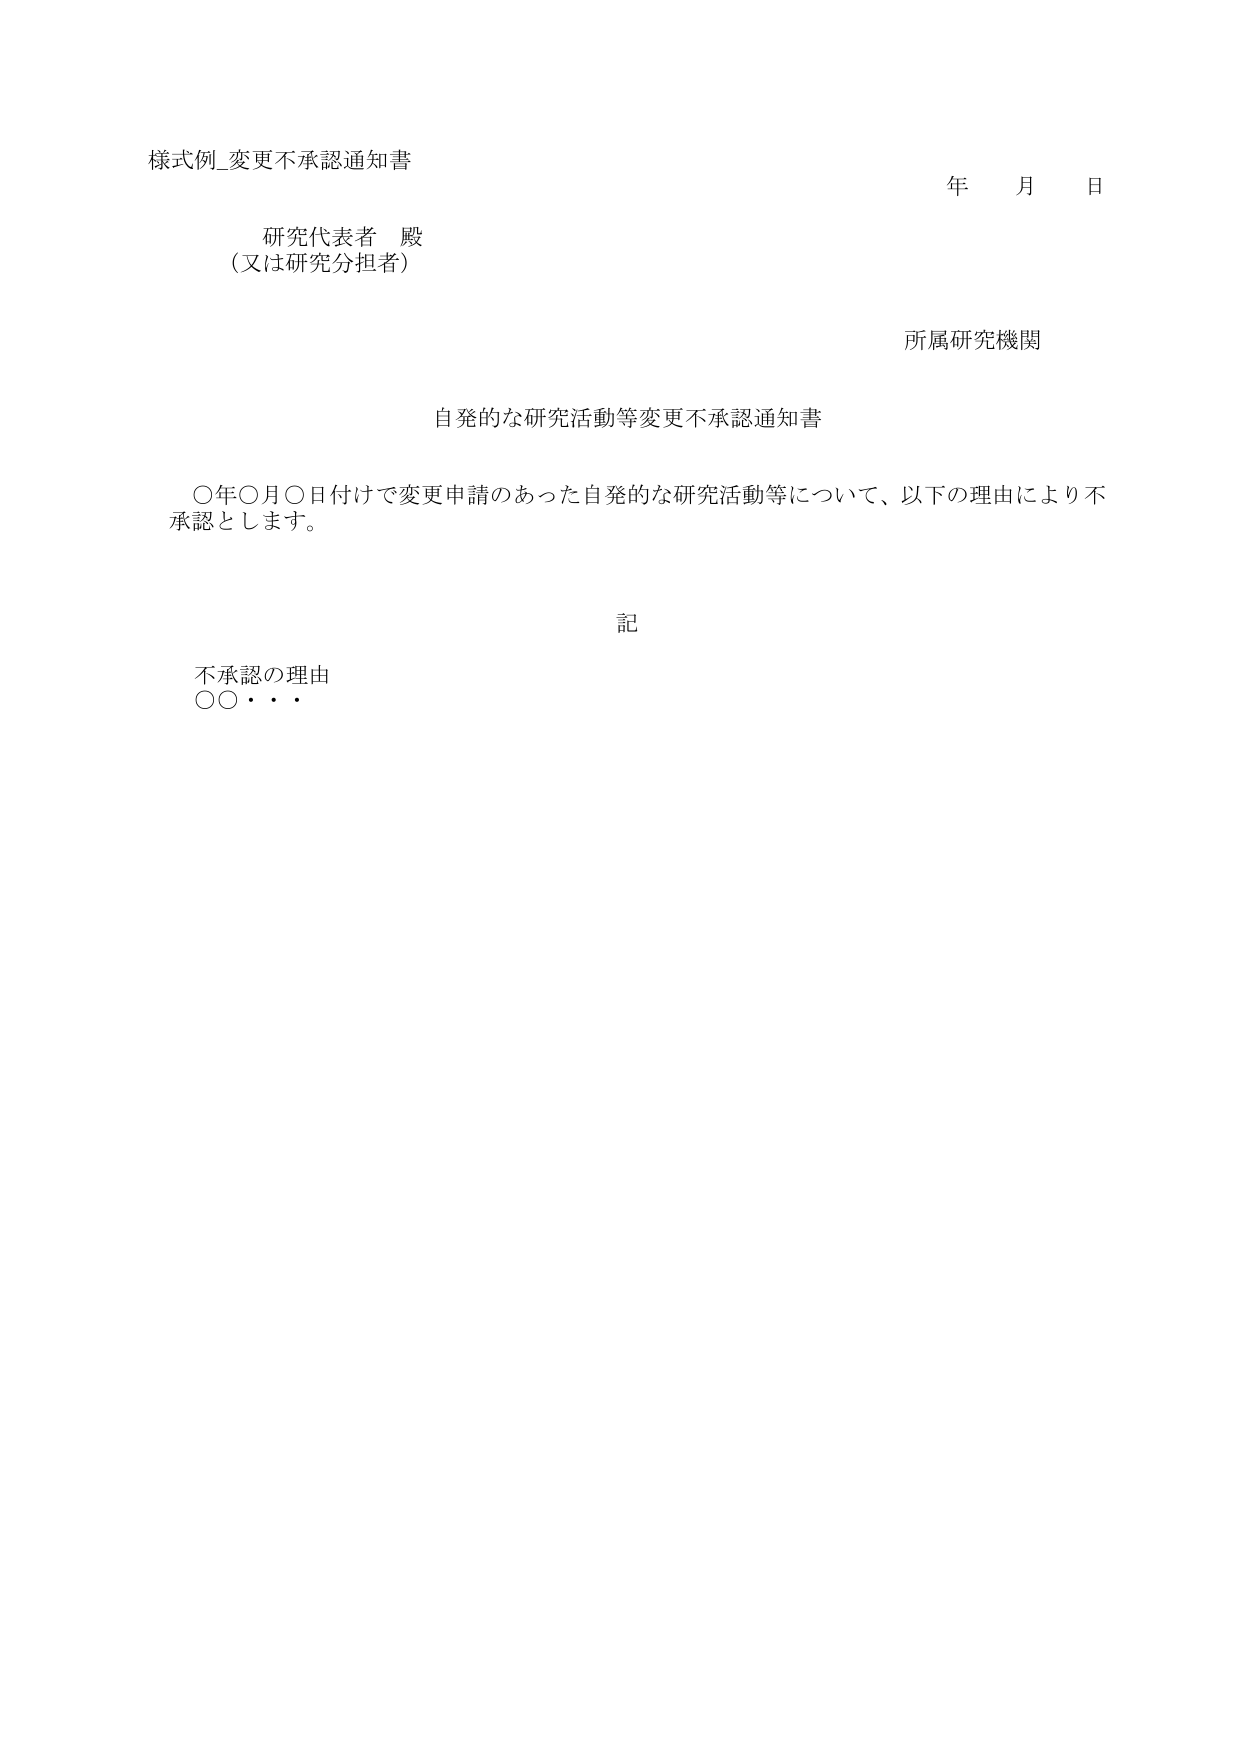
様式例_変更不承認通知書

年 月 日

研究代表者 殿
（又は研究分担者）

所属研究機関

自発的な研究活動等変更不承認通知書

〇年〇月〇日付けで変更申請のあった自発的な研究活動等について、以下の理由により不承認とします。

記

不承認の理由
〇〇・・・